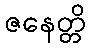
ဇနေတ္တိ